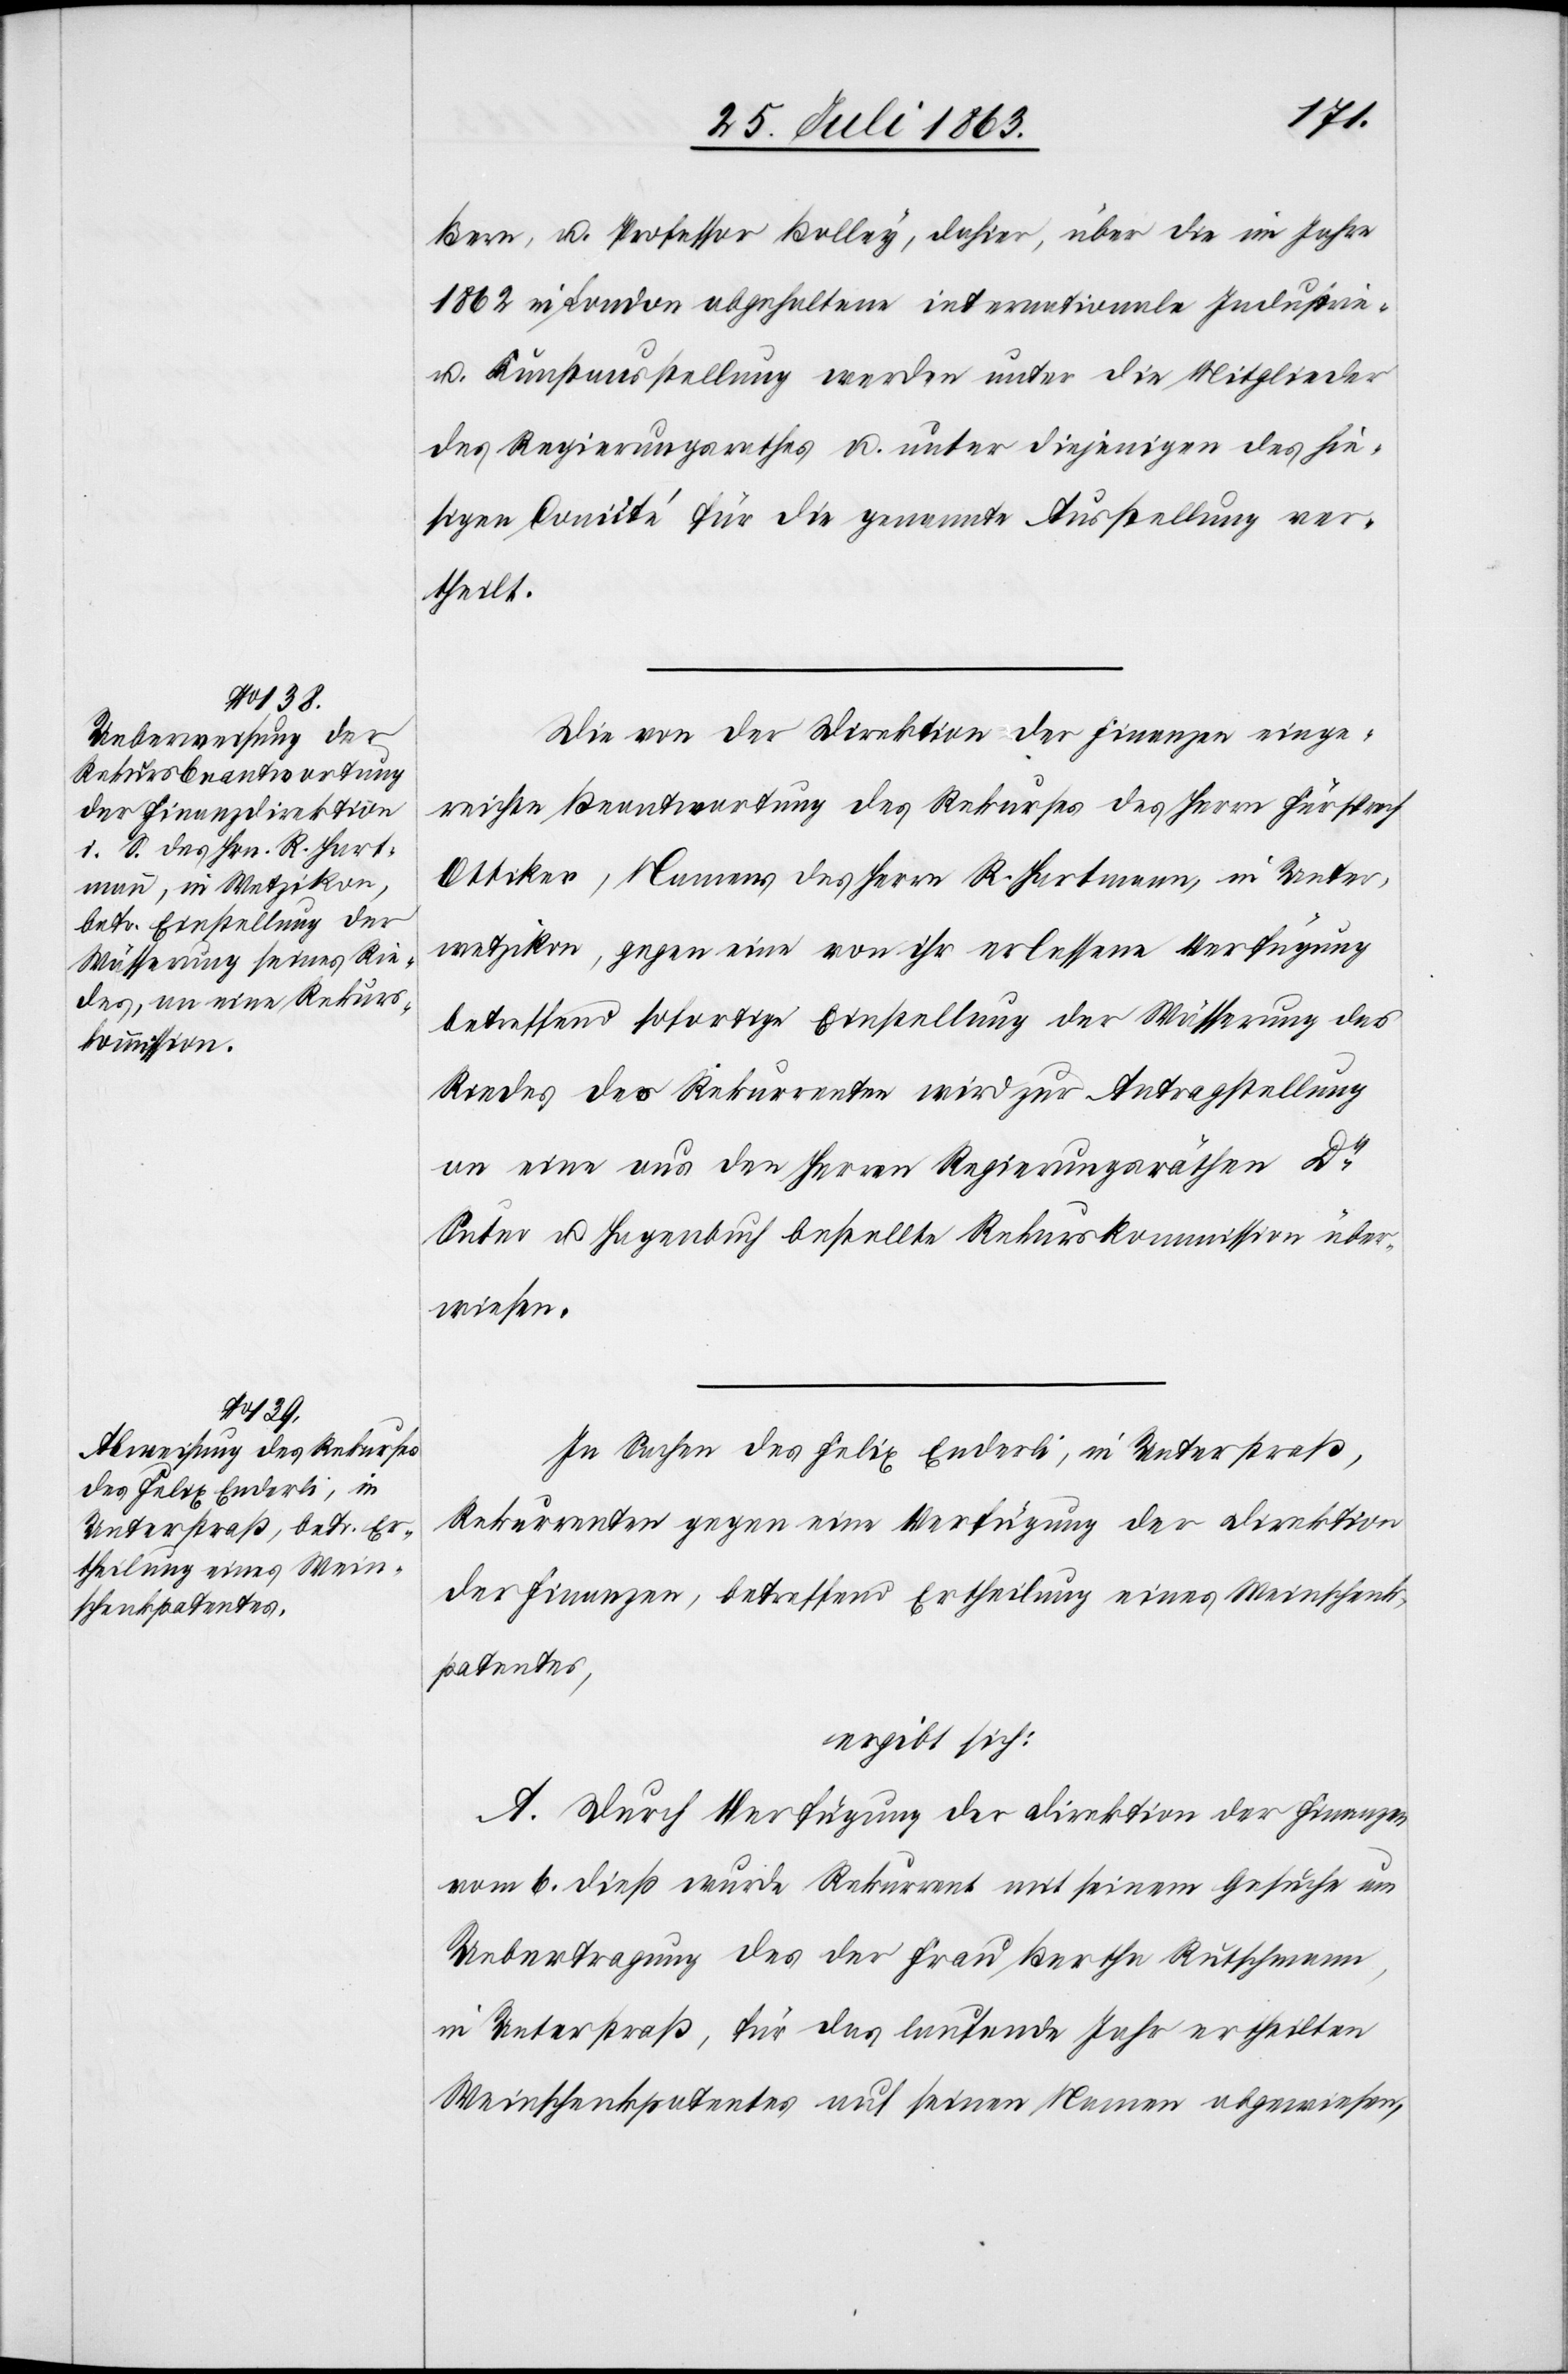
Bern, u. Professor Bolley, dahier, über die im Jahre
1862 in London abgehaltene internationale Industrie-
u. Kunstausstellung werden unter die Mitglieder
des Regierungsrathes u. unter diejenigen des hie¬
sigen Comité für die genannte Ausstellung ver¬
theilt.
Die von der Direktion der Finanzen einge¬
reichte Beantwortung des Rekurses des Herrn Fürsprech
Ottiker, Namens des Herrn R. Hartmann, in Unter¬
wetzikon, gegen eine von ihr erlassene Verfügung
betreffend sofortige Einstellung der Wässerung des
Riedes des Rekurrenten wird zur Antragstellung
an eine aus den Herren Regierungsräthen Dr
Suter u. Hagenbuch bestellte Rekurskommission über¬
wiesen.
In Sachen des Felix Enderli, in Unterstraß,
Rekurrenten gegen einen Verfügung der Direktion
der Finanzen, betreffend Ertheilung eines Weinschenk¬
patentes,
ergibt sich:
A. Durch Verfügung der Direktion der Finanzen
vom 6. dieß wurde Rekurrent mit seinem Gesuche um
Uebertragung des der Frau Bertha Rutschmann,
in Unterstraß, für das laufende Jahr ertheilten
Weinschenkpatentes auf seinen Namen abgewiesen,